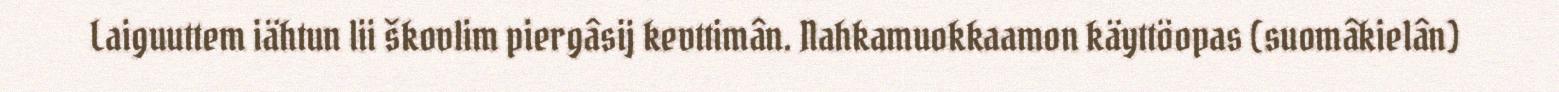
Laiguuttem iähtun lii škovlim piergâsij kevttimân. Nahkamuokkaamon käyttöopas (suomâkielân)